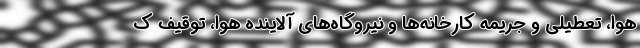
هوا، تعطیلی و جریمه کارخانه‌ها و نیروگاه‌های آلاینده هوا، توقیف ک